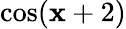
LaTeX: \cos(\mathbf{x}+2)